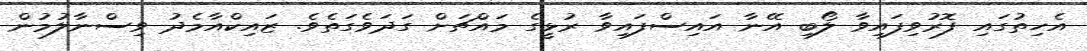
އެހިތުގައި ފޮރުވިފައިވާ ލޯބި އޭނާ އައިސްފައިވާ ރުޅީގެ މައްޗަށް ގަދަވެގަތެވެ. ޒައިކްއާމެދު ވިސްނާލުމުން